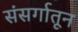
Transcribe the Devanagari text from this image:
संसर्गातून